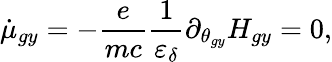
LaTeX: \dot{\mu}_{gy}=-\frac{e}{mc}\frac{1}{\varepsilon_{\delta}}\partial_{\theta_{gy}}H_{gy}=0,